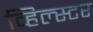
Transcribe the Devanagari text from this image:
व्हिल्स्टर